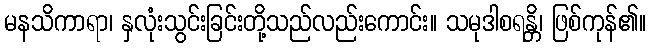
မနသိကာရာ၊ နှလုံးသွင်းခြင်းတို့သည်လည်းကောင်း။ သမုဒါစရန္တိ၊ ဖြစ်ကုန်၏။